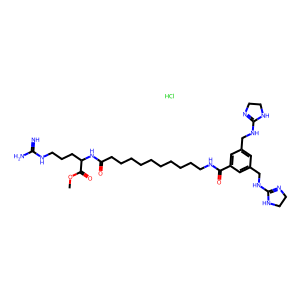
SMILES: COC(=O)C(CCCNC(=N)N)NC(=O)CCCCCCCCCCNC(=O)c1cc(CNC2=NCCN2)cc(CNC2=NCCN2)c1.Cl
Inhibits HIV replication: No